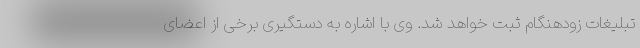
تبلیغات زودهنگام ثبت خواهد شد. وی با اشاره به دستگیری برخی از اعضای